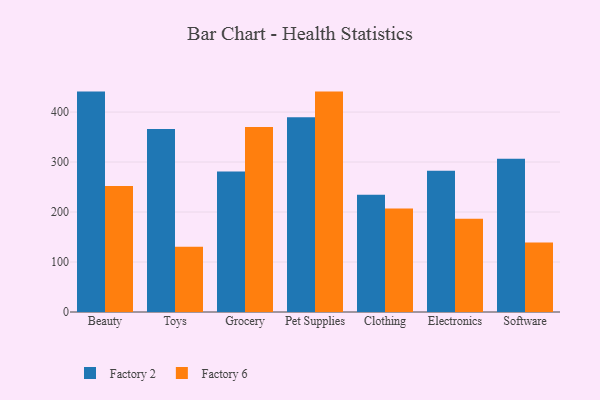
{"axis": {"x": "Category", "y": "Population (Million)"}, "legend": ["Factory 2", "Factory 6"], "data": [{"x": "Beauty", "y": 440.9, "type": "Factory 2"}, {"x": "Beauty", "y": 252.2, "type": "Factory 6"}, {"x": "Toys", "y": 366.1, "type": "Factory 2"}, {"x": "Toys", "y": 130.6, "type": "Factory 6"}, {"x": "Grocery", "y": 281.3, "type": "Factory 2"}, {"x": "Grocery", "y": 369.9, "type": "Factory 6"}, {"x": "Pet Supplies", "y": 389.5, "type": "Factory 2"}, {"x": "Pet Supplies", "y": 440.9, "type": "Factory 6"}, {"x": "Clothing", "y": 234.7, "type": "Factory 2"}, {"x": "Clothing", "y": 207.1, "type": "Factory 6"}, {"x": "Electronics", "y": 282.8, "type": "Factory 2"}, {"x": "Electronics", "y": 186.5, "type": "Factory 6"}, {"x": "Software", "y": 306.8, "type": "Factory 2"}, {"x": "Software", "y": 138.9, "type": "Factory 6"}]}